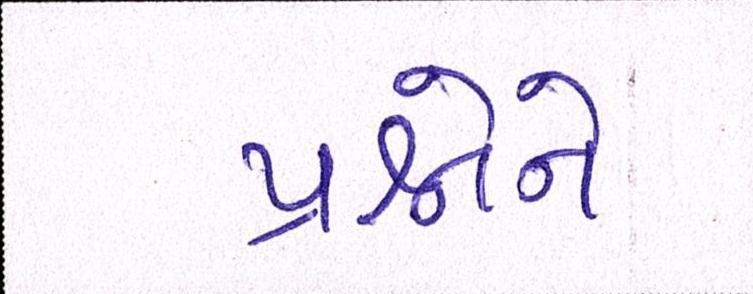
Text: પ્રશ્નોને